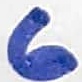
Text: 6